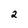
Character: 2